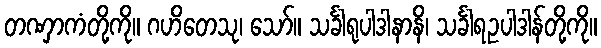
တဏှာကံတို့ကို။ ဂဟိတေသု၊ သော်။ သင်္ခါရုပါဒါနာနိ၊ သင်္ခါရဥပါဒါန်တို့ကို။